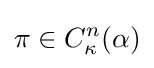
\pi \in C_{\kappa }^{n}(\alpha )